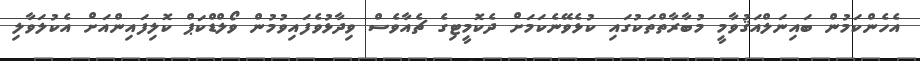
އެހެންކަމުން ބައިނަލްއަޤުވާމީ މުބާރާތްތަކުގައި ކުޅެވޭނެކަމަށް ދެކޮމީޓިގެ ޗެއާވެސް ވިދާޅުވެފައިވުމުން ވޯލްޑްކަޕް ކޮލިފައިންއަށް އެކުލަވާލި